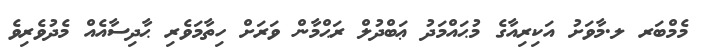
މެމްބަރ ލ.މާވަށު އަކިރިއާގެ މުޙައްމަދު ޢަބްދުލް ރަޙްމާން ވަރަށް ހިތާމަވެރި ޙާދިސާއެއް މެދުވެރިވެ